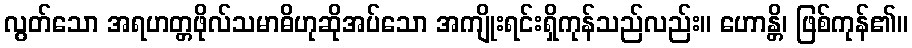
လွတ်သော အရဟတ္တဖိုလ်သမာဓိဟုဆိုအပ်သော အကျိုးရင်းရှိကုန်သည်လည်း။ ဟောန္တိ၊ ဖြစ်ကုန်၏။